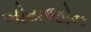
બોયજોન